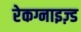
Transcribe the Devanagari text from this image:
रेकग्नाइज़्ड